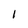
Character: 1